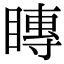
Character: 䁣